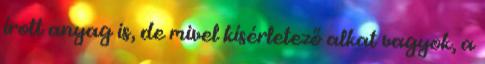
írott anyag is, de mivel kísérletező alkat vagyok, a